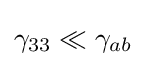
\gamma _{33}\ll \gamma _{ab}